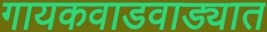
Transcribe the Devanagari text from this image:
गायकवाडवाड्यात